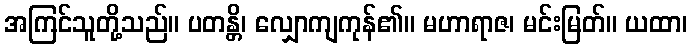
အကြင်သူတို့သည်။ ပတန္တိ၊ လျှောကျကုန်၏။ မဟာရာဇ၊ မင်းမြတ်။ ယထာ၊